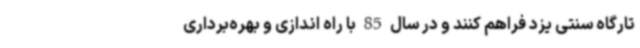
تارگاه سنتی یزد فراهم کنند و در سال 85 با راه اندازی و بهره‌برداری